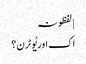
| لفظونہ
اک اور یُو ٹرن؟